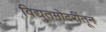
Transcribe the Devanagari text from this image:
विद्युतमोटरींतून